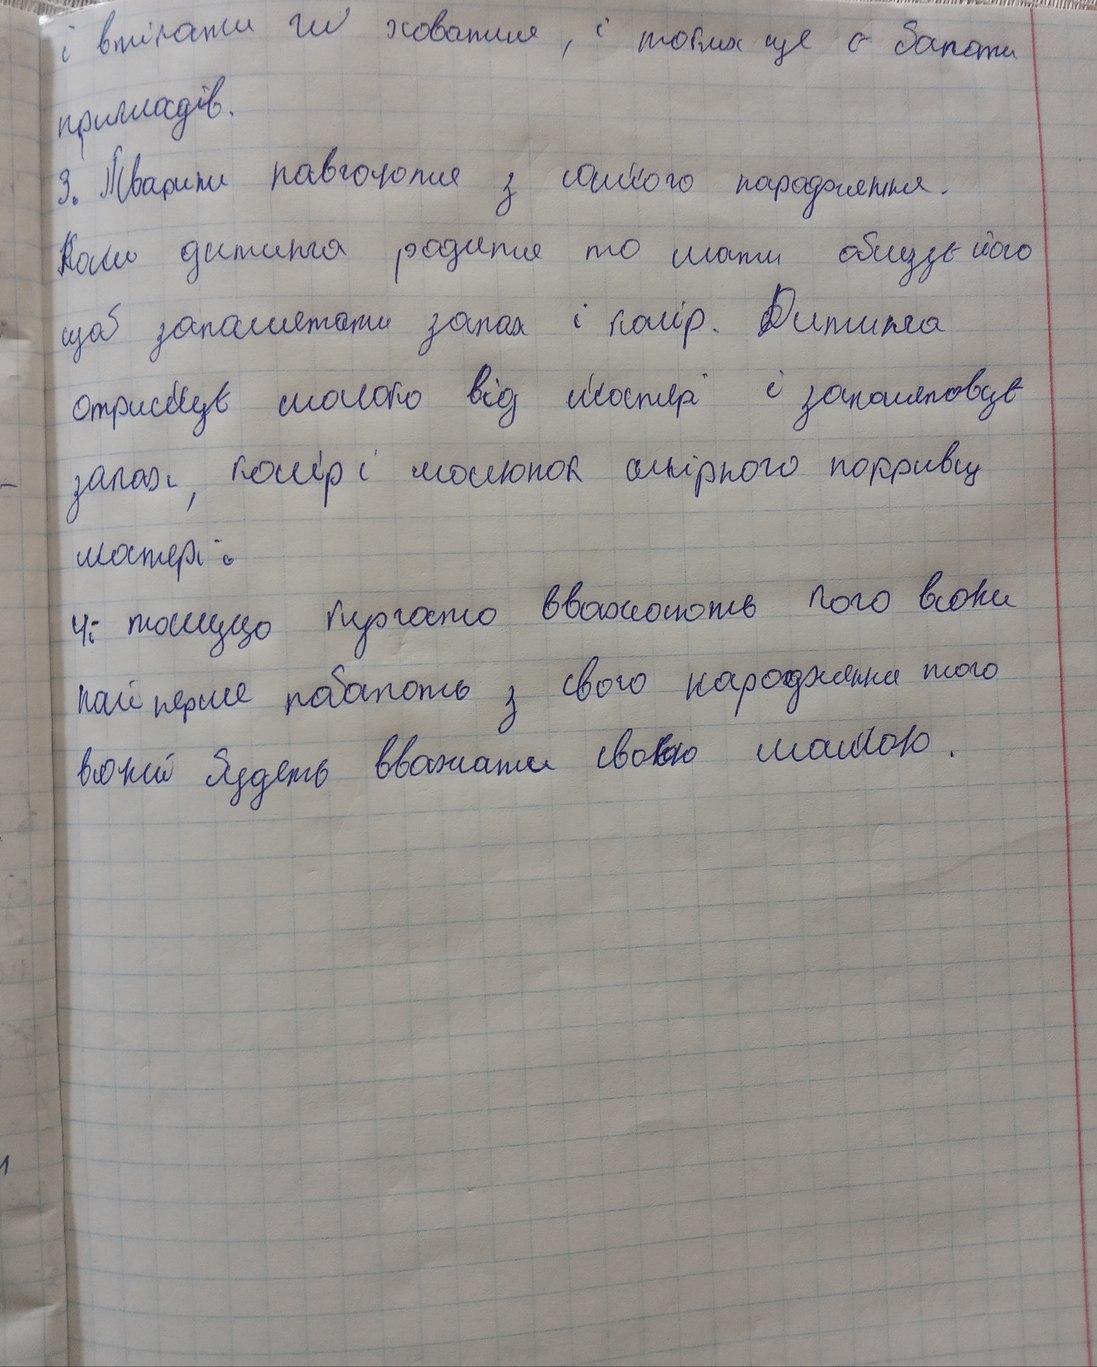
і втікати чи ховатися, і таких ще є багато
прилладів.
3. Тварини навчаються з самого народження.
Коли дитина родитя то мати облізує його
щоб запам'ятати запах і колір. Дитинча
отримує молоко від матері і запамятовує
запах, колір і малюнок шкірного покриву
матері;
4. томущо курчато вважають кого вони
найперше побачать з свого народження того
воний будеть вважати своєю мамою.